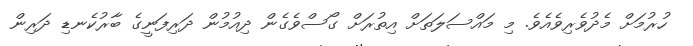
ހުރުމަށް މެދުވެރިވެއެވެ. މި މައްސަލަތަށް އިތުރަށް ގޯސްވެގެން ދިއުމުން ދަރިފަނީގެ ބާރުކެނޑި ދަރިން